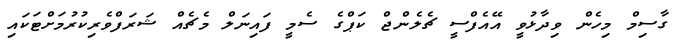
ގާސިމް މިހެން ވިދާޅުވީ އޭއެފްސީ ޗެލެންޖް ކަޕްގެ ސެމީ ފައިނަލް މެޗެއް ޝަރަފްވެރިކުރުމަށްޓަކައި